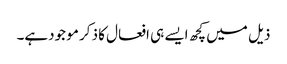
ذیل میں کچھ ایسے ہی افعال کا ذکر مو جودہے۔